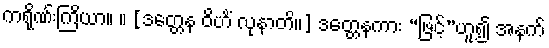
ကရိုဏ်းကြိယာ။ ။ [ဒတ္တေန ဝိဟိံ လုနာတိ။] ဒတ္တေနကား “ဖြင့်”ဟူ၍ အနက်